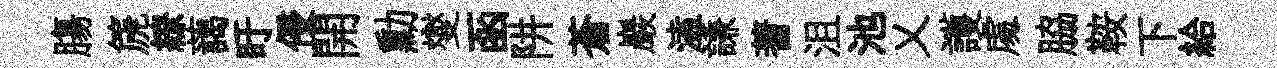
膓篪繚藹盱侵開勳燮函阱蒼巖溘謙蓍沮池乂護䖏脇鞍下給